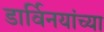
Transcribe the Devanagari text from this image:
डार्विनयांच्या